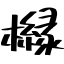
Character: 櫞